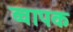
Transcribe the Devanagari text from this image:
व्वापक